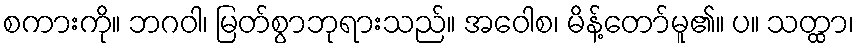
စကားကို။ ဘဂဝါ၊ မြတ်စွာဘုရားသည်။ အဝေါစ၊ မိန့်တော်မူ၏။ ပ။ သတ္ထာ၊